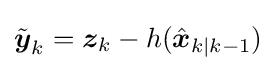
{\tilde {\boldsymbol {y}}}_{k}={\boldsymbol {z}}_{k}-h({\hat {\boldsymbol {x}}}_{k|k-1})